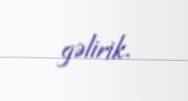
gəlirik.